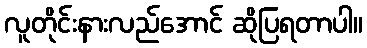
လူတိုင်းနားလည်အောင် ဆိုပြရတာပါ။